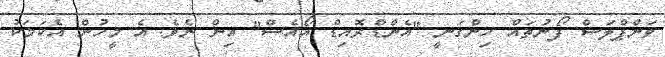
ވަންޕްލަސް ފޯނުތައް ހިންގަނީ "އެންޑްރޮއިޑް އޯއެސް" އިން ނެވެ. އެ މީހުން އެކަމަކު